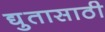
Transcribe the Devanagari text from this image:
द्युतासाठी